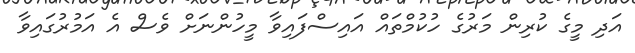
އަދި މީގެ ކުރިން މަރުގެ ހުކުމްތައް އައިސްފައިވާ މީހުންނަށް ވެސް އެ އަމުރުގައިވާ